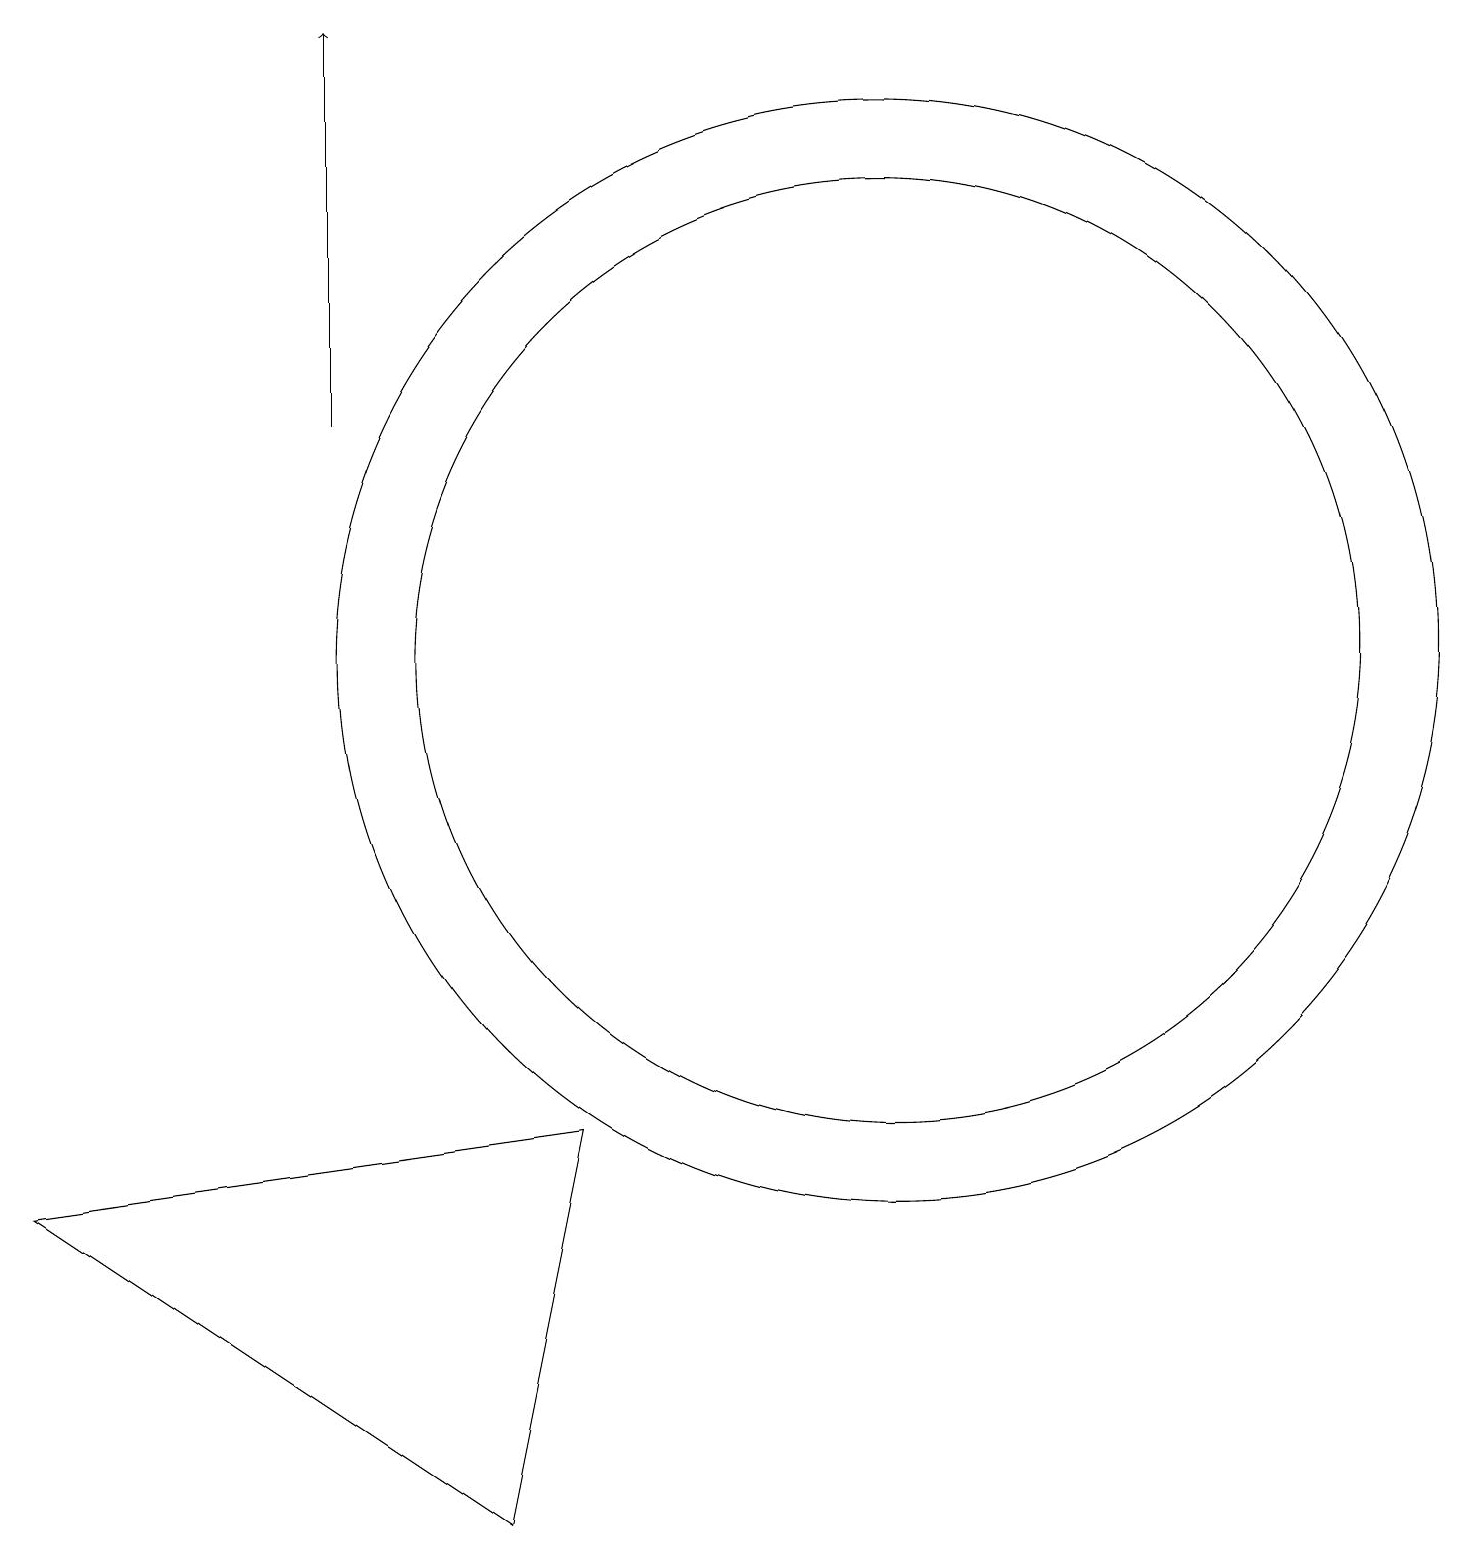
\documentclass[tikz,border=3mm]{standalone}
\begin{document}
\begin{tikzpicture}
\draw (0,4) -- (6,0) -- (7,5) -- cycle;
\draw[->] (4,14) -- (4,19);
\draw (11,11) circle (6);
\draw (11,11) circle (7);
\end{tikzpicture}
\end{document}